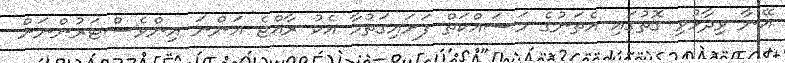
އޭނާ ވިދާޅުވި ގޮތުގައި އެތަނުގެ މަސައްކަތް ފަށައިގަތުމާ އެކު ރާއްޖެ އަންނަ އިންވެސްޓަރުންނަށް